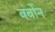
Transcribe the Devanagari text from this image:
बर्बोन